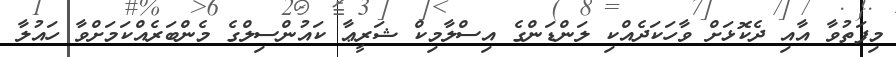
މިފަތުވާ އާއި ދެކޮޅަށް ވާހަކަދެއްކި ލަންޑަންގެ އިސްލާމިކް ޝަރީޢާ ކައުންސިލްގެ މެންބަރެއްކަމަށްވާ ހައުލާ